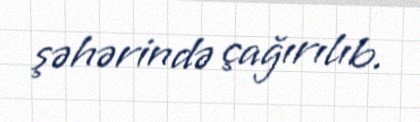
şəhərində çağırılıb.